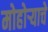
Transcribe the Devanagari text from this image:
मोहोर्‍याचे